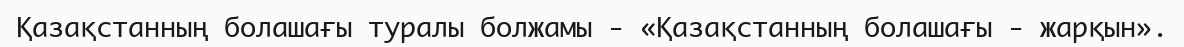
Қазақстанның болашағы туралы болжамы - «Қазақстанның болашағы - жарқын».